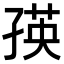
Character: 𭓐